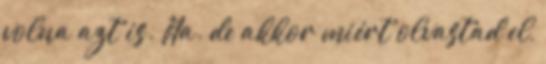
volna azt is. Na. de akkor miért olvastad el,